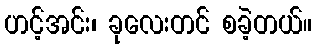
ဟင့်အင်း၊ ခုလေးတင် စခဲ့တယ်။